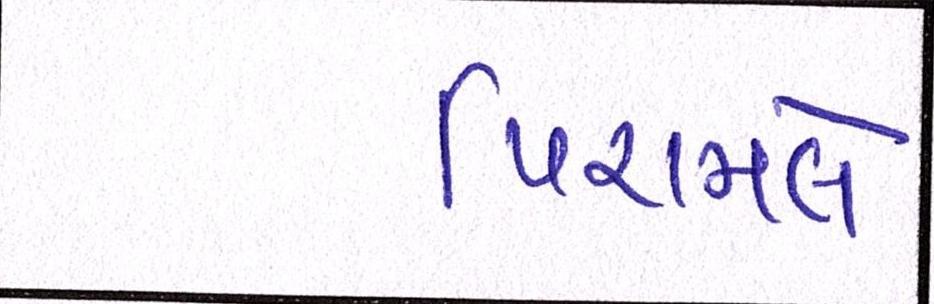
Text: પિરામલે